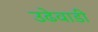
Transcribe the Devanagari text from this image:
उढेवाडी